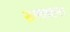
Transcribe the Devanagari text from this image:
समवधान।